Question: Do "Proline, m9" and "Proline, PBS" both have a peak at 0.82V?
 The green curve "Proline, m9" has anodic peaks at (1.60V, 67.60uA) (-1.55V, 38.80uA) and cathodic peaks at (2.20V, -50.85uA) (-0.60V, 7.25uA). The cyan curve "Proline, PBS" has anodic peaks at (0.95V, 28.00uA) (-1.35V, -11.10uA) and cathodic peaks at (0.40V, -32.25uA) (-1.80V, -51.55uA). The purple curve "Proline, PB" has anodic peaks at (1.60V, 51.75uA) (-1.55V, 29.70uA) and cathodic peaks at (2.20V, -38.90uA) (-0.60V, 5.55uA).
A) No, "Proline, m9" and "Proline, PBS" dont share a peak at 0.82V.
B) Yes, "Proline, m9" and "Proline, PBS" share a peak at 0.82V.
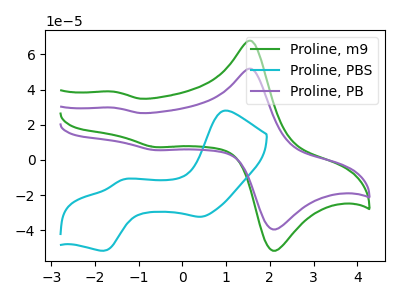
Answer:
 <answer>A) No, "Proline, m9" and "Proline, PBS" dont share a peak at 0.82V.</answer>
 <eval>A</eval>